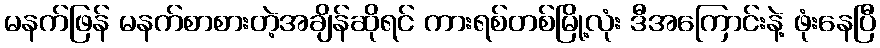
မနက်ဖြန် မနက်စာစားတဲ့အချိန်ဆိုရင် ကားရစ်တစ်မြို့လုံး ဒီအကြောင်းနဲ့ ဖုံးနေပြီ